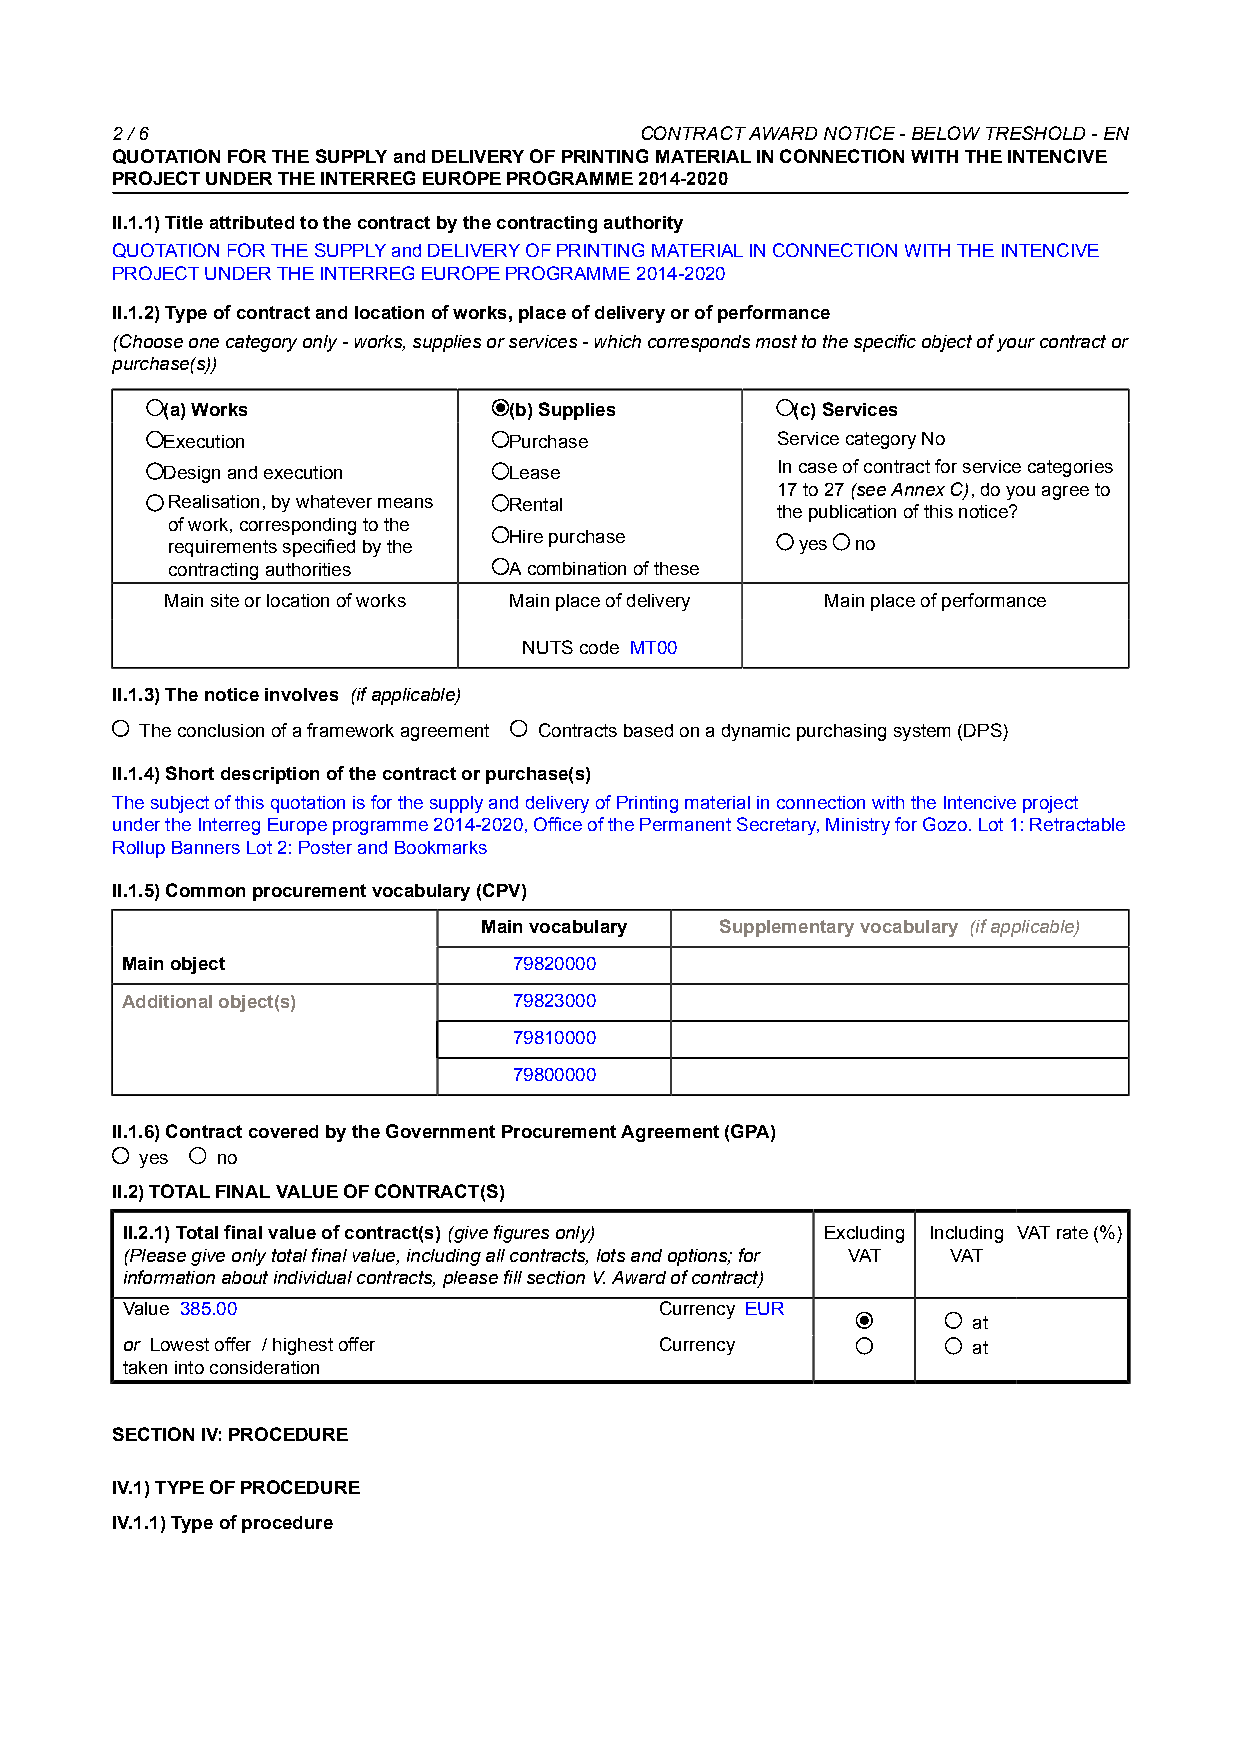
2 / 6                              CONTRACT AWARD NOTICE - BELOW TRESHOLD - EN
 QUOTATION FOR THE SUPPLY and DELIVERY OF PRINTING MATERIAL IN CONNECTION WITH THE INTENCIVE
 PROJECT UNDER THE INTERREG EUROPE PROGRAMME 2014-2020
 II.1.1) Title attributed to the contract by the contracting authority
 QUOTATION FOR THE SUPPLY and DELIVERY OF PRINTING MATERIAL IN CONNECTION WITH THE INTENCIVE
 PROJECT UNDER THE INTERREG EUROPE PROGRAMME 2014-2020
 II.1.2) Type of contract and location of works, place of delivery or of performance
 (Choose one category only - works, supplies or services - which corresponds most to the specific object of your contract or
 purchase(s))
 (a) Works              (b) Supplies      (c) Services
 Execution              Purchase         Service category No __
 Design and execution   Lease            In case of contract for service categories
 17 to 27 (see Annex C), do you agree to
 Realisation, by whatever means Rental
 the publication of this notice?
 of work, corresponding to the
 Hire purchase
 requirements specified by the             yes no
 contracting authorities A combination of these
 Main site or location of works Main place of delivery Main place of performance
 NUTS code MT00
 II.1.3) The notice involves (if applicable)
 The conclusion of a framework agreement Contracts based on a dynamic purchasing system (DPS)
 II.1.4) Short description of the contract or purchase(s)
 The subject of this quotation is for the supply and delivery of Printing material in connection with the Intencive project
 under the Interreg Europe programme 2014-2020, Office of the Permanent Secretary, Ministry for Gozo. Lot 1: Retractable
 Rollup Banners Lot 2: Poster and Bookmarks
 II.1.5) Common procurement vocabulary (CPV)
 Main vocabulary Supplementary vocabulary (if applicable)
 Main object               79820000
 Additional object(s)      79823000
 79810000
 79800000
 II.1.6) Contract covered by the Government Procurement Agreement (GPA)
 yes  no
 II.2) TOTAL FINAL VALUE OF CONTRACT(S)
 II.2.1) Total final value of contract(s) (give figures only) Excluding Including VAT rate (%)
 (Please give only total final value, including all contracts, lots and options; for VAT VAT
 information about individual contracts, please fill section V. Award of contract)
 Value 385.00                        Currency EUR
 at    __
 or Lowest offer_/ highest offer_    Currency ___        at   _____
 taken into consideration
 SECTION IV: PROCEDURE
 IV.1) TYPE OF PROCEDURE
 IV.1.1) Type of procedure